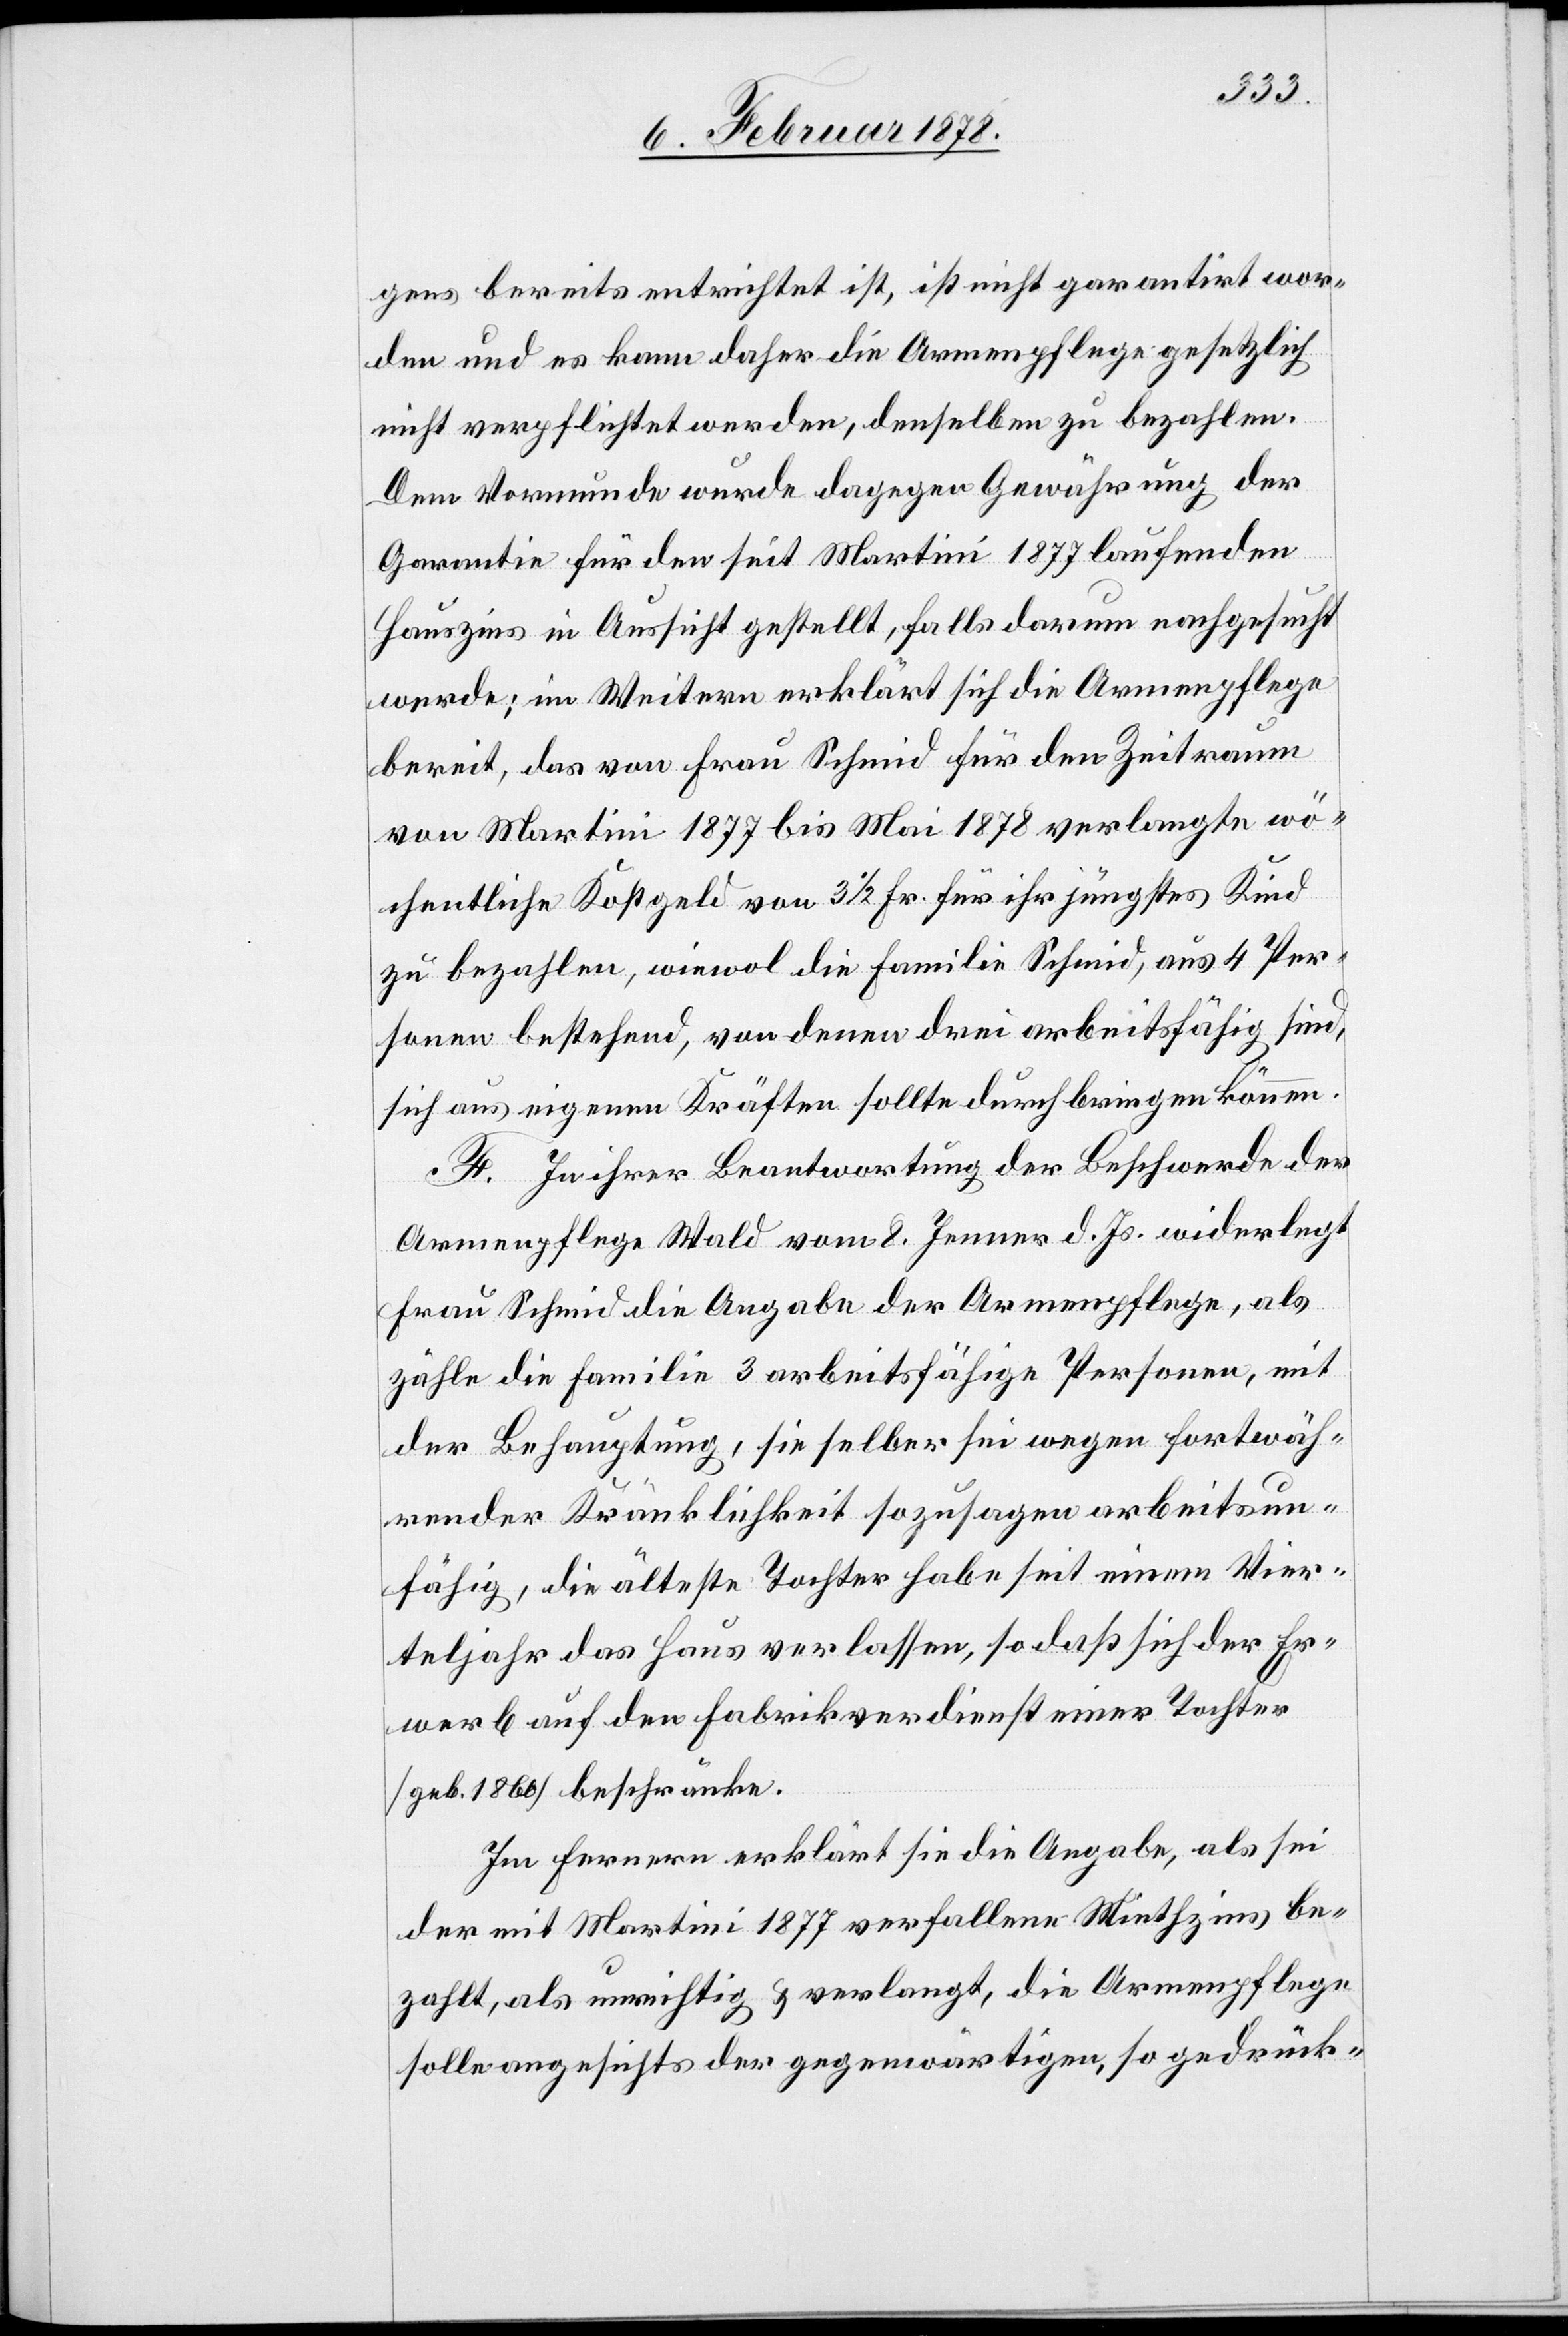
gens bereits entrichtet ist, ist nicht garantirt wor¬
den und es kann daher die Armenpflege gesetzlich
nicht verpflichtet werden, denselben zu bezahlen.
Dem Vormunde wurde dagegen Gewährung der
Garantie für den seit Martini 1877 laufenden
Hauszins in Aussicht gestellt, falls darum nachgesucht
werde; im Weitern erklärt sich die Armenpflege
bereit, das von Frau Schmid für den Zeitraum
von Martini 1877 bis Mai 1877 verlangte wö¬
chentliche Kostgeld von 3 1/2 Fr. für ihr jüngstes Kind
zu bezahlen, wiewol die Familie Schmid aus 4 Per¬
sonen bestehend, von denen drei arbeitsfähig sind,
sich aus eigenen Kräften sollte durchbringen können.
F. In ihrer Beantwortung der Beschwerde der
Armenpflege Wald vom 8. Jenner d. Js. widerlegt
Frau Schmid die Angabe der Armenpflege, als
zähle die Familie 3 arbeitsfähige Personen, mit
der Behauptung, sie selber sei wegen fortwäh¬
render Kränklichkeit sozusagen arbeitsun¬
fähig, die älteste Tochter habe seit einem Vier¬
teljahr das Haus verlassen, so das sich der Er¬
werb auf den Fabrikverdienst einer Tochter
(geb. 1860) beschränke.
Im Fernern erklärt sie die Angabe, als sei
der mit Martini 1877 verfallene Miethzins be¬
zahlt, als unrichtig & verlangt, die Armenpflege
solle angesichts der gegenwärtigen, so gedrück-